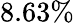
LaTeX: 8.63\%